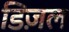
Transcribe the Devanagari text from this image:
डिज़ल